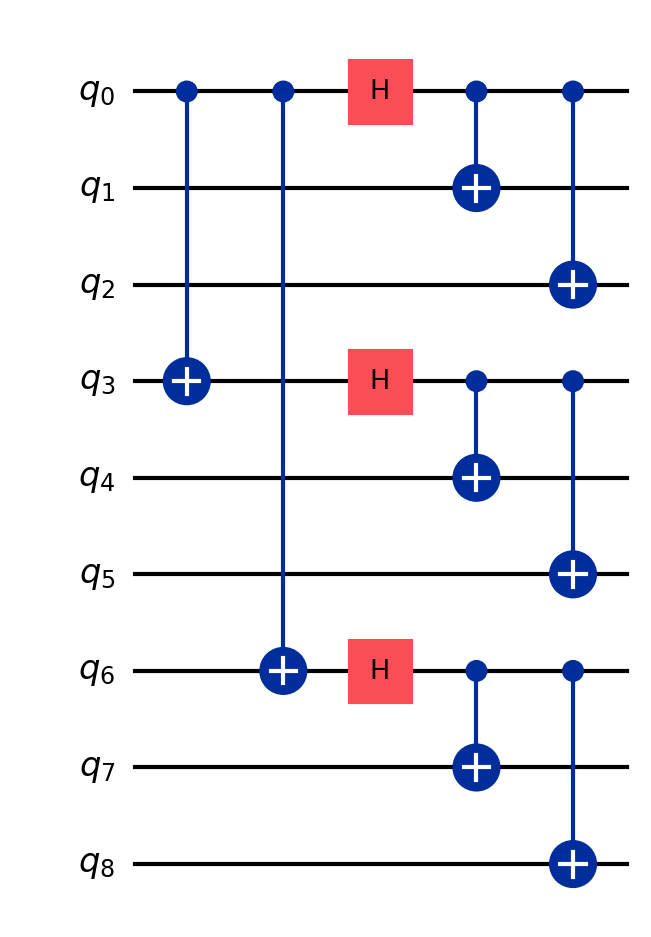
Description: Shor's 9-qubit error correction code
描述: Shor 9量子比特纠错码
Category: error_correction (difficulty: advanced)
Qubits: 9, circuit depth: 5

Braket implementation:
from braket.circuits import Circuit
circuit = Circuit()
circuit.cnot(0, 3).cnot(0, 6)
circuit.h(0).h(3).h(6)
circuit.cnot(0, 1).cnot(0, 2)
circuit.cnot(3, 4).cnot(3, 5)
circuit.cnot(6, 7).cnot(6, 8)

Qiskit implementation:
from qiskit import QuantumCircuit
circuit = QuantumCircuit(9)
circuit.cx(0, 3).cx(0, 6)
circuit.h(0).h(3).h(6)
circuit.cx(0, 1).cx(0, 2)
circuit.cx(3, 4).cx(3, 5)
circuit.cx(6, 7).cx(6, 8)